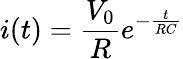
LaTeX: i(t)=\frac{V_{0}}{R}e^{-\frac{t}{RC}}